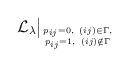
LaTeX: \begin{gather*}{\cal{L}}_{\lambda} \big\vert_{p_{ij}=0, \ (ij) \in \Gamma, \atop p_{ij}=1, \ (ij) \notin \Gamma}\end{gather*}